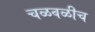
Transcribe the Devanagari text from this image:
चळवळीच